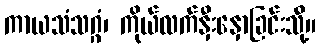
ကာယသံသဂ္ဂံ၊ ကိုယ်လက်နှီးနှောခြင်းသို့်။